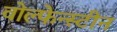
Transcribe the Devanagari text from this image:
वोल्फेन्स्टीन